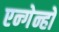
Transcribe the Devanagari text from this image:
एन्गेन्हो